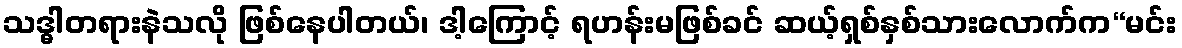
သဒ္ဓါတရားနဲသလို ဖြစ်နေပါတယ်၊ ဒါ့ကြောင့် ရဟန်းမဖြစ်ခင် ဆယ့်ရှစ်နှစ်သားလောက်က“မင်း